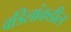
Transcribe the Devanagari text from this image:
वडिलांकडील